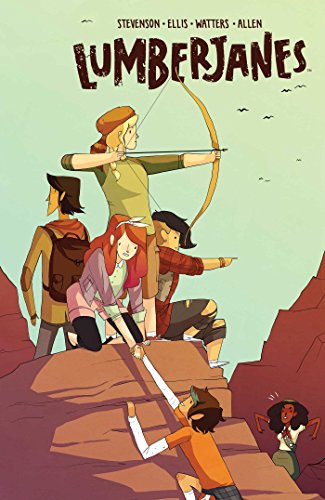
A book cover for Lumberjanes Vol. 2; Noelle Stevenson; Comics & Graphic Novels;